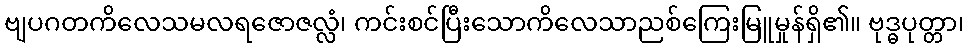
ဗျပဂတကိလေသမလရဇောဇလ္လံ၊ ကင်းစင်ပြီးသောကိလေသာညစ်ကြေးမြူမှုန်ရှိ၏။ ဗုဒ္ဓပုတ္တာ၊